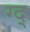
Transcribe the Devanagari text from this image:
ग्द्